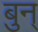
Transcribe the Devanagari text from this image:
बुन्‌